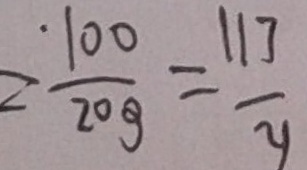
\frac { 1 0 6 } { x } = \frac { \cdot 1 0 0 } { 2 0 3 } = \frac { 1 1 7 } { y }